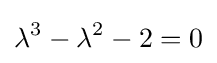
\lambda ^{3}-\lambda ^{2}-2=0